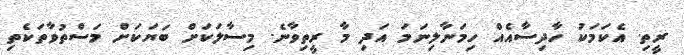
ރީތި. އެކަމަކު ހާދިސާއެއް ހިމަނާލިނަމަ އަދި މާ ރީތިވާނެ. މިސާލަކަށް ބަޔަކަށް މަސްތުވާތަކެތި